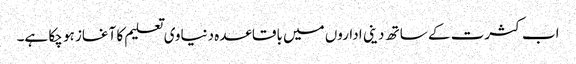
اب کثرت کے ساتھ دینی اداروں میں باقاعدہ دنیاوی تعلیم کا آغاز ہو چکا ہے۔